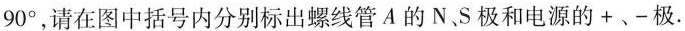
90°，请在图中括号内分别标出螺线管A的N、S极和电源的+、-极.